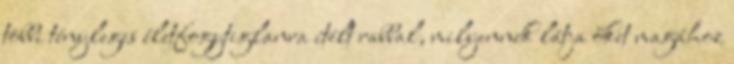
többi tényleges életfogytiglanra ítélt rabbal, milyennek látja őket magához